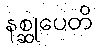
နစ္ဆုပေတိ